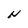
Character: N